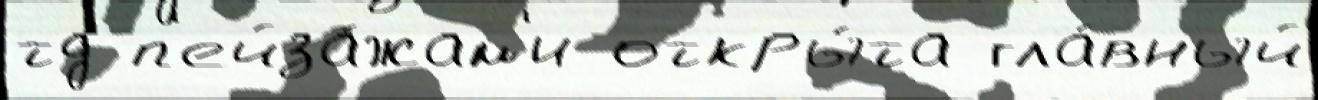
тд п'ейза́жам'и откры́та гла́вный